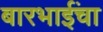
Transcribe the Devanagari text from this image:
बारभाईंचा